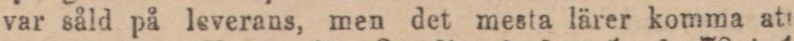
var såld på leverans, men det mesta lärer komma att